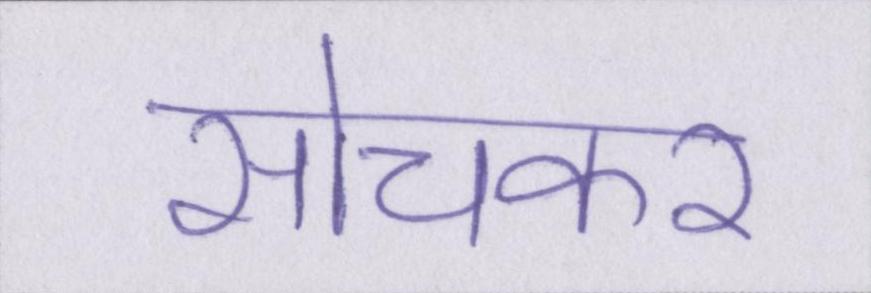
सोचकर